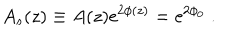
A _ { s } ( z ) \equiv A ( z ) \mathrm { e } ^ { 2 \phi ( z ) } = \mathrm { e } ^ { 2 \phi _ { 0 } } \ . \